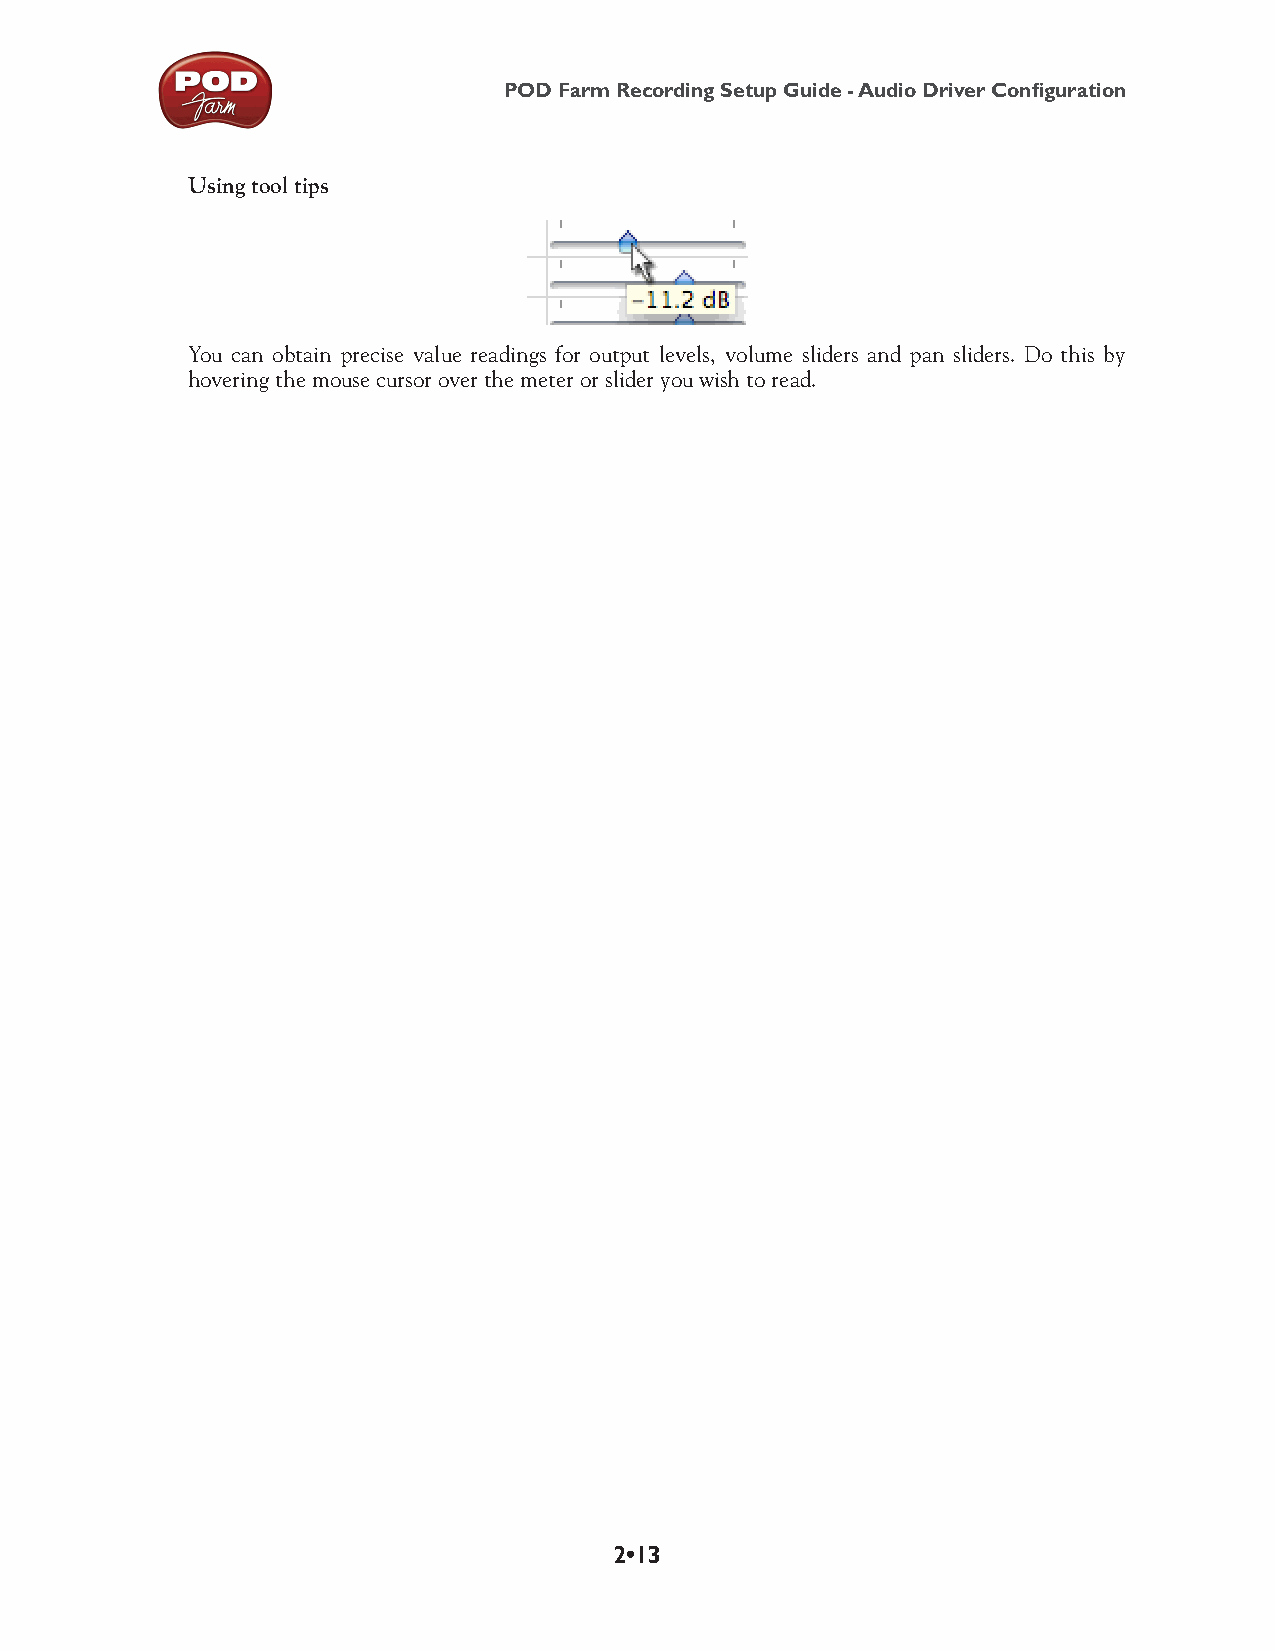
POD Farm Recording Setup Guide - Audio Driver Configuration
 Using tool tips
 You can obtain precise value readings for output levels, volume sliders and pan sliders. Do this by
 hovering the mouse cursor over the meter or slider you wish to read.
 2•13